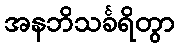
အနဘိသင်္ခရိတွာ